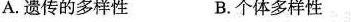
A.遗传的多样性 B.个体多样性